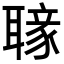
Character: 𦗐